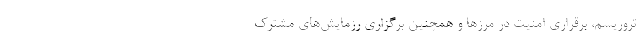
تروریسم، برقراری امنیت در مرزها و همچنین برگزاری رزمایش‌های مشترک